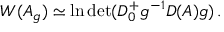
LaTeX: W ( A _ { g } ) \simeq \ln \operatorname * { d e t } ( D _ { 0 } ^ { + } g ^ { - 1 } D ( A ) g ) \, .